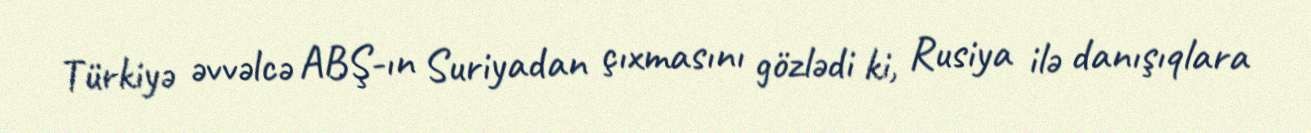
Türkiyə əvvəlcə ABŞ-ın Suriyadan çıxmasını gözlədi ki, Rusiya ilə danışıqlara